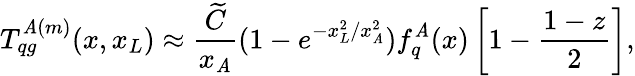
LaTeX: T_{qg}^{\mathit{A}(m)}(x,x_{L})\approx\frac{{\widetilde{{C}}}}{{x_{\mathit{A}}}}(1-e^{-x_{L}^{2}/x_{\mathit{A}}^{2}})f_{q}^{\mathit{A}}(x)\left[1-\frac{{1-z}}{{2}}\right],